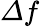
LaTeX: \mathit{\Delta}f